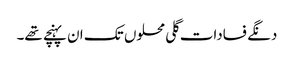
دنگے فسادات گلی محلوں تک ان پہنچے تھے۔